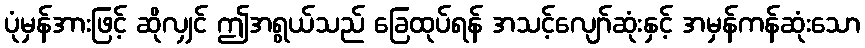
ပုံမှန်အားဖြင့် ဆိုလျှင် ဤအရွယ်သည် ခြေထုပ်ရန် အသင့်လျော်ဆုံးနှင့် အမှန်ကန်ဆုံးသော